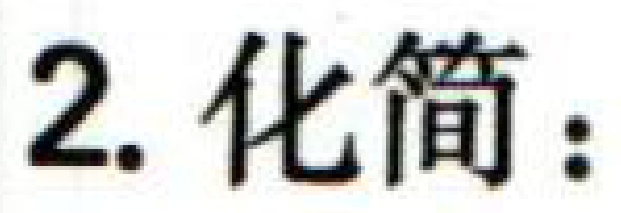
2. 化简：